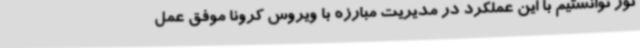
نور توانستیم با این عملکرد در مدیریت مبارزه با ویروس کرونا موفق عمل